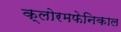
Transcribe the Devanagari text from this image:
क्लोरमफेनिकाल